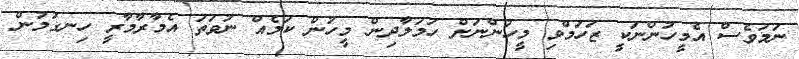
ނަމަވެސް އެމީހުންނަކީ ޒަހަމްވި މީހުންނަށް ހަމަލާދިން މީހުން ކަމެއް ނުވަތަ އެމާރާމާރީ ހިނގުމުން